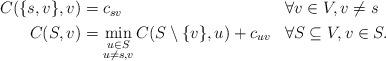
LaTeX: \begin{align*} \begin{aligned} C(\{s, v\}, v) &= c_{sv} && \forall v \in V, v \neq s \\ C(S, v) &= \min_{\substack{u \in S\\ u \neq s, v}} C(S \setminus \{v\}, u) + c_{uv} && \forall S \subseteq V, v \in S. \\ \end{aligned} \end{align*}